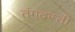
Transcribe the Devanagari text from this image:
तंगदस्ती